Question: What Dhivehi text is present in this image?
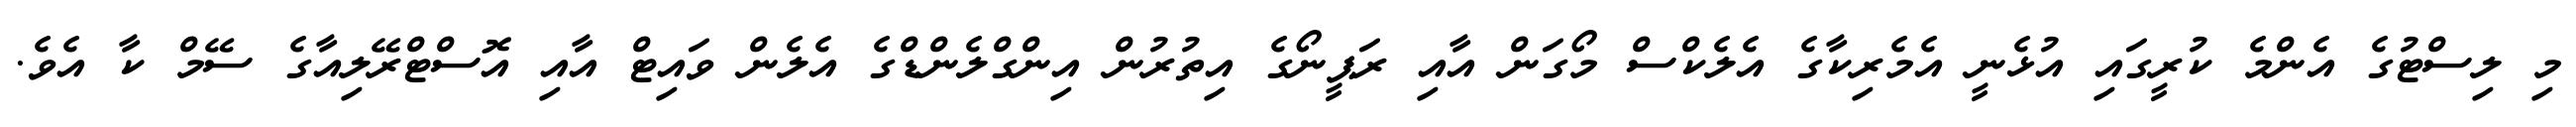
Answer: މި ލިސްޓުގެ އެންމެ ކުރީގައި އުޅެނީ އެމެރިކާގެ އެލެކްސް މޯގަން އާއި ރަޕީނޯގެ އިތުރުން އިންގްލެންޑްގެ އެލެން ވައިޓް އާއި އޮސްޓްރޭލިއާގެ ސޭމް ކާ އެވެ.